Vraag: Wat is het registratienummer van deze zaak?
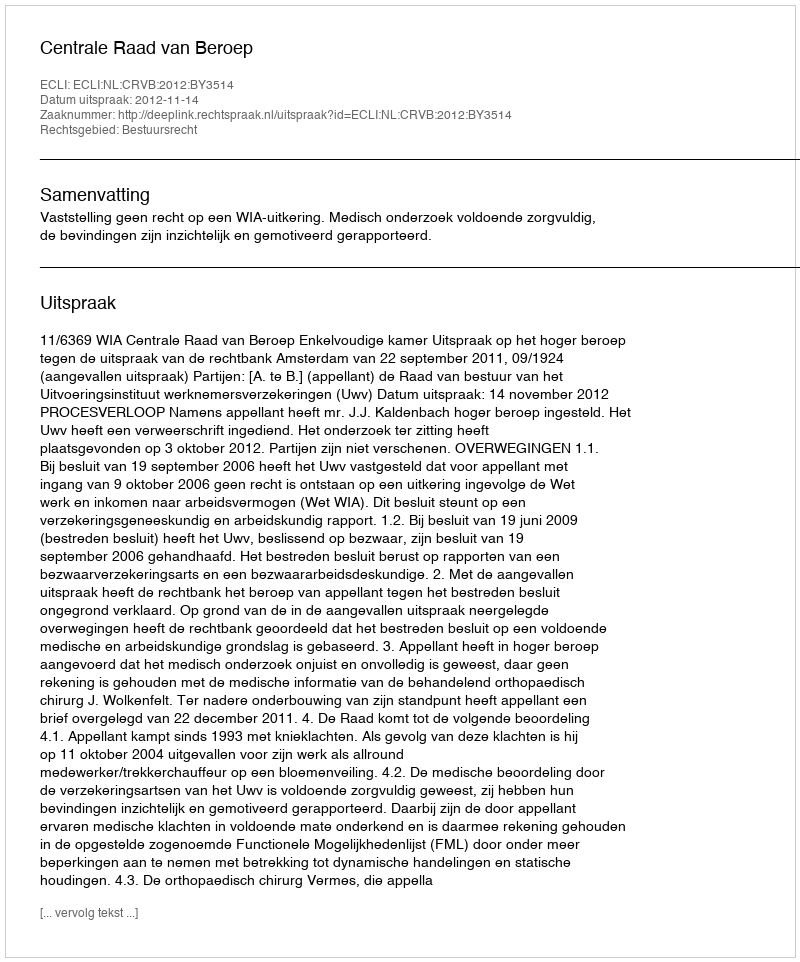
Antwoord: http://deeplink.rechtspraak.nl/uitspraak?id=ECLI:NL:CRVB:2012:BY3514